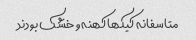
متاسفانه کیکها کهنه و خشک بودند